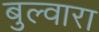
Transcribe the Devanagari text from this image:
बुल्वारा